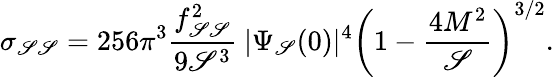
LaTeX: \sigma_{\mathscr{S}\mathscr{S}}=256\pi^{3}\frac{{f_{\mathscr{S}\mathscr{S}}^{2}}}{{9\mathscr{S}^{3}}}~|\Psi_{\mathscr{S}}(0)|^{4}\left(1-\frac{{4M^{2}}}{{\mathscr{S}}}\right)^{3/2}.